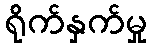
ရိုက်နှက်မှု